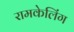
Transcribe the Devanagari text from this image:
रामकेलिंग